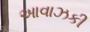
આવાઝકી